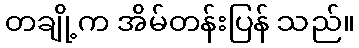
တချို့က အိမ်တန်းပြန် သည်။